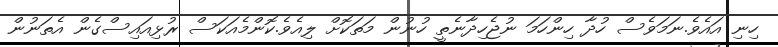
ހިނި އައެވެ.ނަމަވެސް ހުދާ ހިންހަމަ ނުޖެހިދާނެތީ ހުނުން މަތަކޮށް ލިއެވެ.ކޮންމެއަކަސް ރުޅިއައިސްގެން އެތަނުން